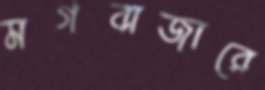
মগবাজারে